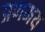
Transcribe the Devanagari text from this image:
प्रणमय